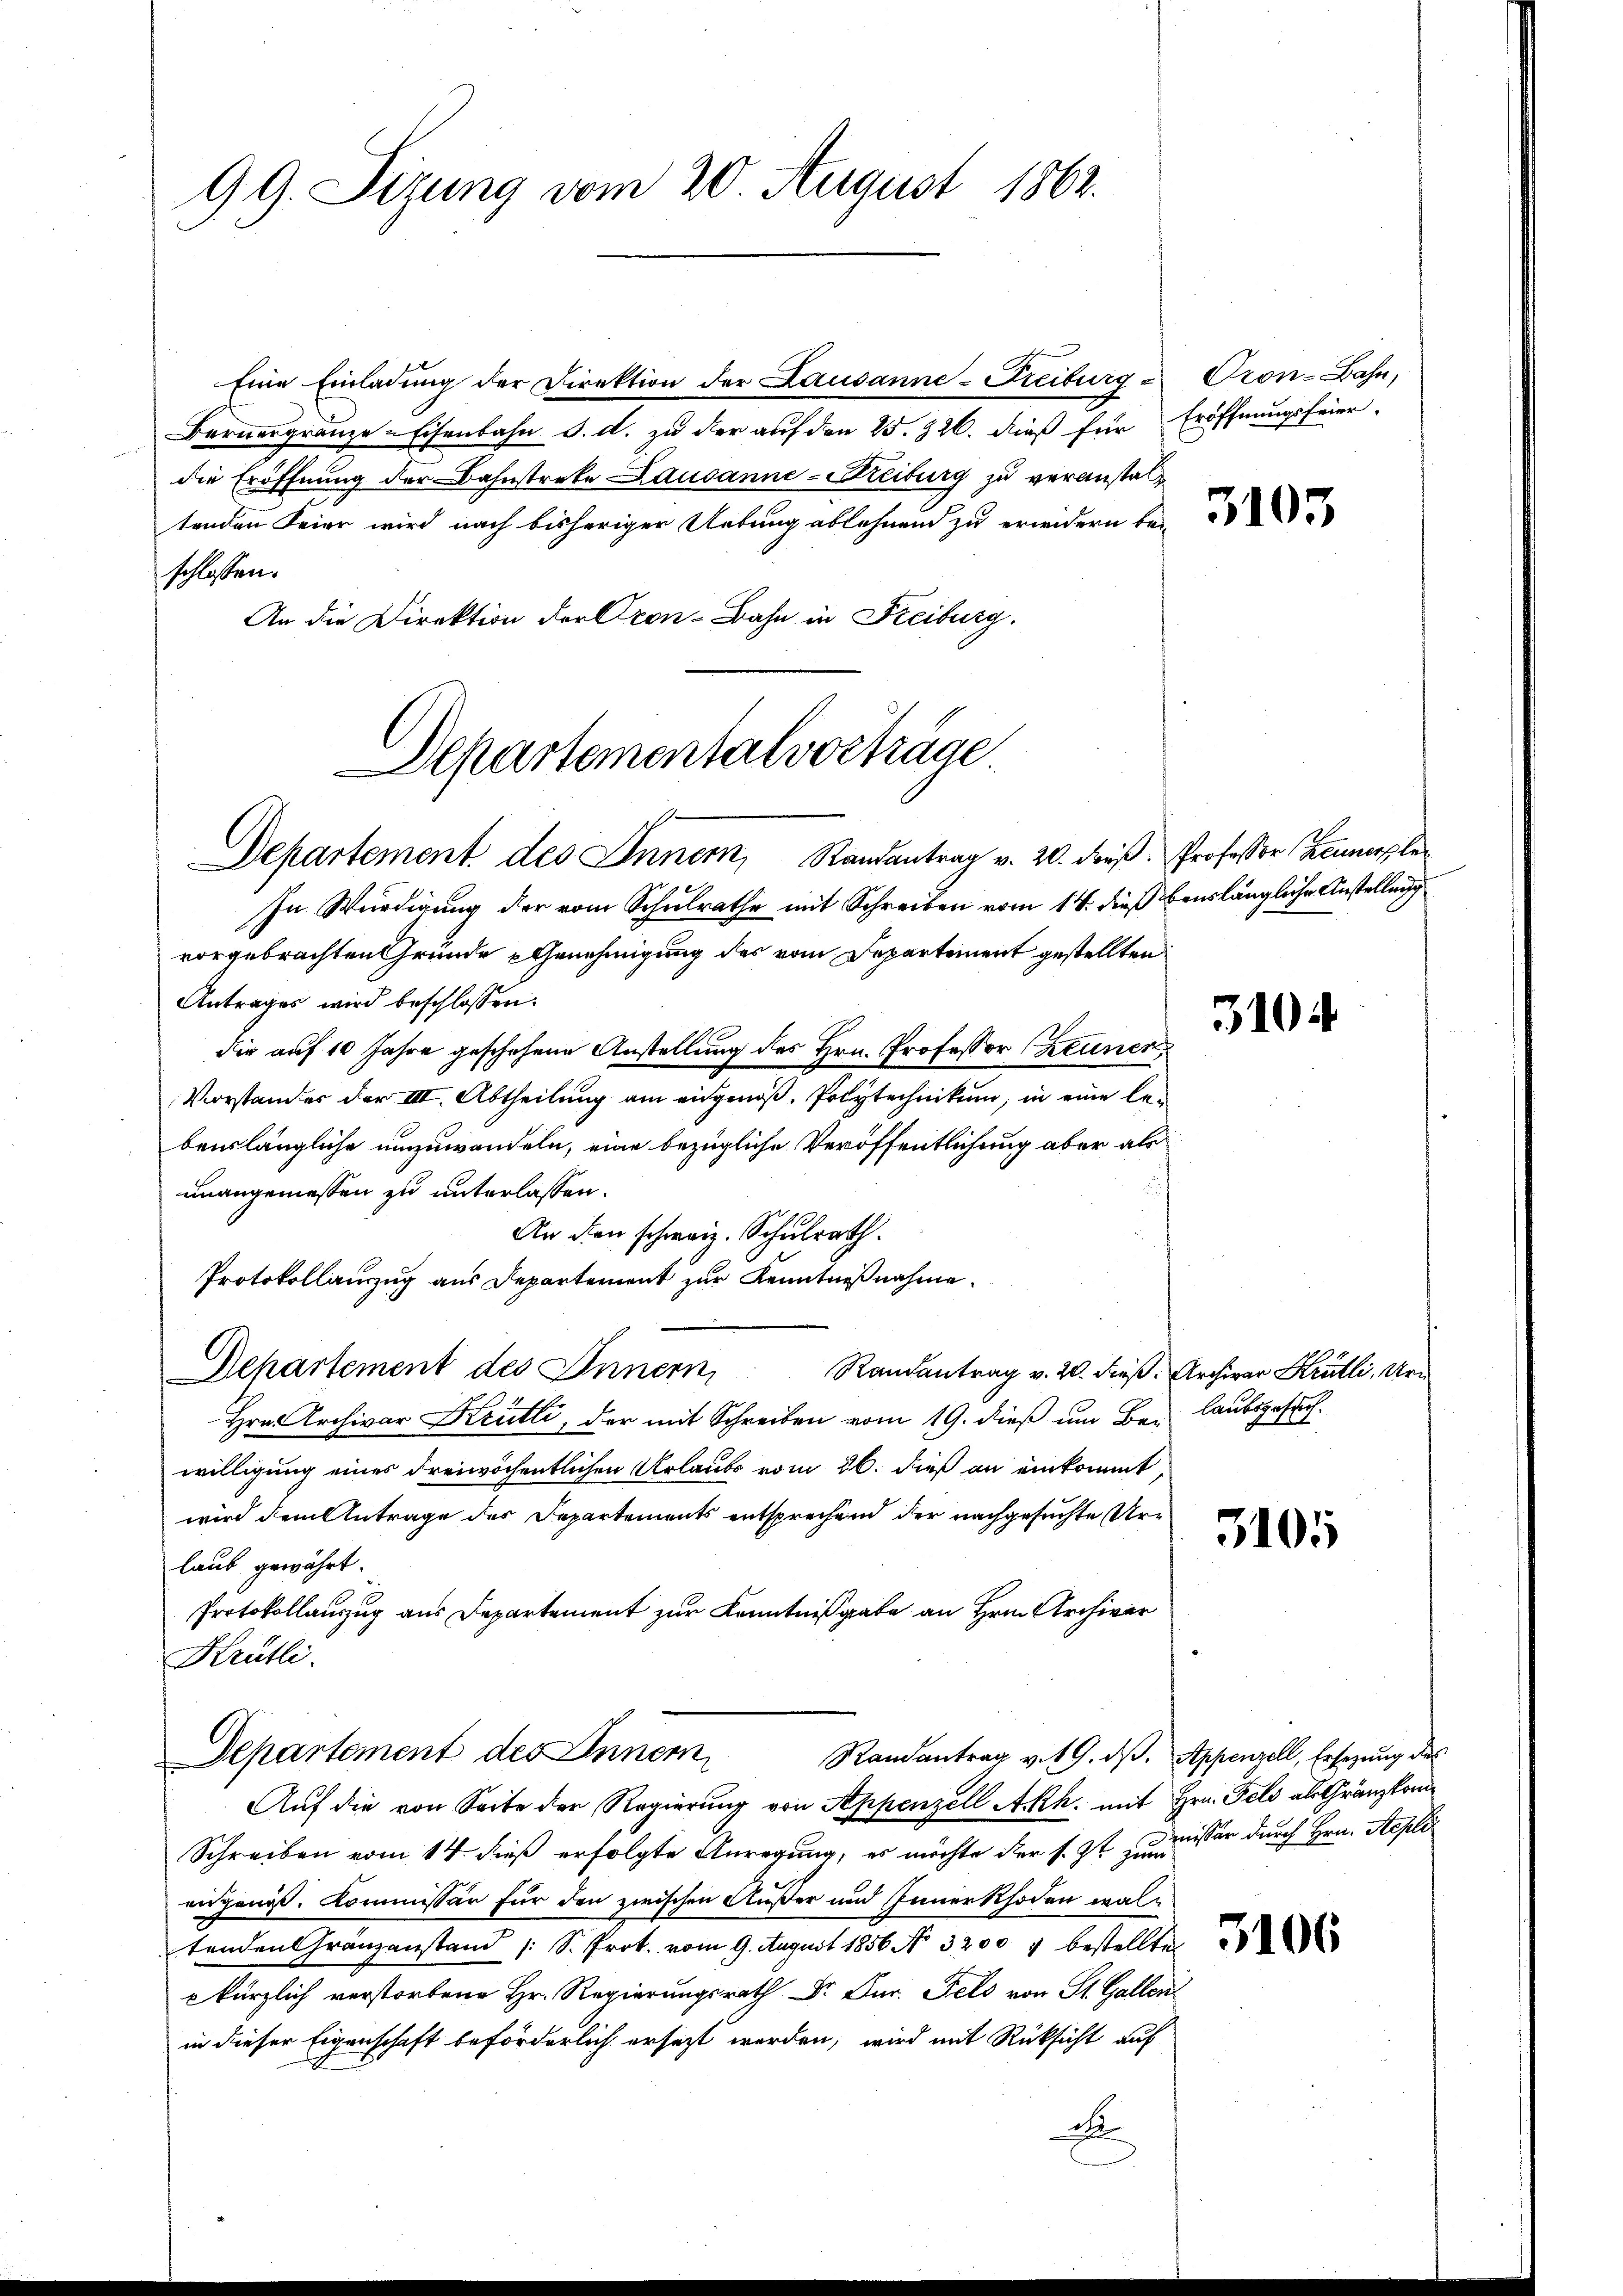
99. Sizung vom 20. August 1862.

Eine Einladung der Direktion der Lausanne-Freiburg-
Bernergränze Eisenbahn d. d. zu der auf den 25. 326. dieß für Eröffnungsfeier
die Eröffnung der Bahnstreke Lausanne - Streiburg zu veranstaltenden Feier wird nach bisheriger Uebung ablehnend zu erwidern bei
schlossen:
An die Direktion der Cron-Bahn in Freiburg.

Departementalvorträge.
Departement des Inner, Randantrag v. 20. dieß. Professor Zeumerple

Departement des Inner
Randantrag v. 19. dβ. Appenzell, Ersezung des

Pron-Bahn,

In Würdigung der vom Schulrathe mit Schreiben vom 14. dieß benslängliche Anstellung
vorgebrachten Gründe Genehmigung des vom Departement gestellten
Antrages wird beschlossen:
die auf 10 Jahre geschehene Anstellung des Hrn. Professor (Zeuners
Vorstander der III. Abtheilung am eingenoß. Polytechnikum, in eine lebauslängliche umzuwandeln, eine bezügliche Veröffentlichung aber als
unangemessen zu unterlassen.
An den schweiz. Schulrath.
Protokollauszug aus Departement zur Kenntnißnahme.
Departement des Innern Randantrag v. 20. dieβ. Archivar Krütli, Uri
Hrn. Archivar Krütli, der mit Schreiben vom 19. dieß um Bei Laubsgesuchwilligung eines dreiwöchentlichen Urlaubs vom 26. dieß an einkommt,
wird dem Antrage der Departements entsprechend der nachgesuchte Urlaub gewährt.
Protokollauszug aus Departement zur Kenntnißgabe an Hrn. Archiver
Krütli.

Auf die von Seite der Regierung von Appenzell Akh. mit Hrn. Feld als Gränzkom¬
Schreiben vom 14. dieß erfolgte Anregung, es möchte der s. Zt. zu misser durch Hrn. Aepli
augenoss. Kommissär für den zwischen Außer und Innerthoden waltenden Granzanstand (S. Prot. vom 9. August 1856. No. 3200. 4 bestellte
l . . .   St. Gallen
in dieser Eigenschaft beförderlich ersezt werden, wird mit Rücksicht auf
i

3103

310

3105